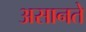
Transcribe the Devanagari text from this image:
असानते